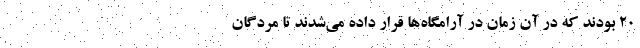
۲۰ بودند که در آن زمان در آرامگاه‌ها قرار داده می‌شدند تا مردگان